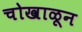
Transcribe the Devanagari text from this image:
चोखाळून